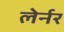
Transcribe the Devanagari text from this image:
लेर्नर